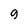
Character: 9